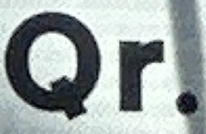
Qr.